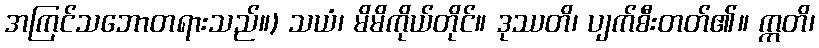
အကြင်သဘောတရားသည်။) သယံ၊ မိမိကိုယ်တိုင်။ ဒုဿတိ၊ ပျက်စီးတတ်၏။ ဣတိ၊